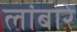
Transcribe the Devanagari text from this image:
लांबारे